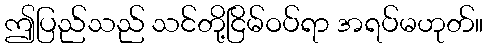
ဤပြည်သည် သင်တို့ငြိမ်ဝပ်ရာ အရပ်မဟုတ်။